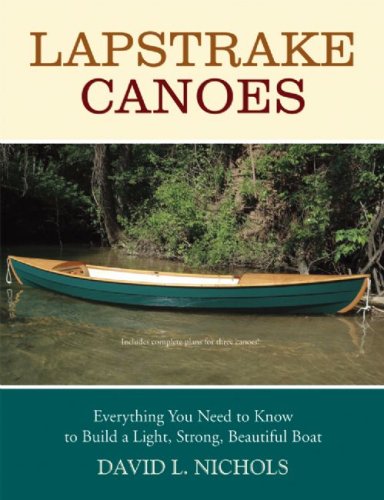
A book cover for Lapstrake Canoes: Everything You Need to Know to Build a Light, Strong, Beautiful Boat; David L. Nichols; Sports & Outdoors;